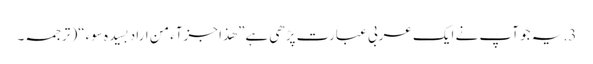
3. یہ جو آپ نے ایک عربی عبارت پڑھی ہے” ھذا جزآء من اراد بسیدہ سوء“( ترجمہ۔